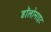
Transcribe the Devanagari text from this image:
डॉलोमाइट